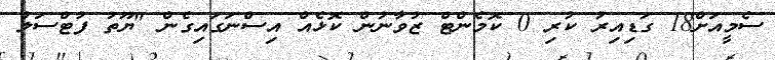
ސެމީއަށް18 ގަޑިއިރު ކުރި 0 ކޮމެންޓް ޒުވާނުން ކޮޅެއް އިސްނަގައިގެން "ޔޫތު ފުޓްސަލް